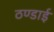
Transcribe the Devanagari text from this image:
ठण्डाई